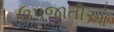
ઉપજાતીઓ